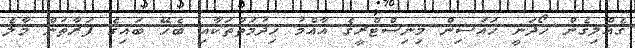
ގެއްލިގެން ހޯދަނީ ހައުސިން މިނިސްޓްރީގެ އާއްމު ހިދުމަތްތަކާއި ބެހޭ ބައިގެ ފަރާތުން މާލެ